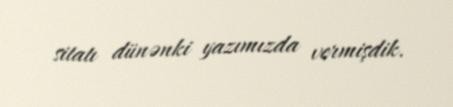
sitatı dünənki yazımızda vermişdik.